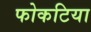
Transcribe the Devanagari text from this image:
फोकटिया